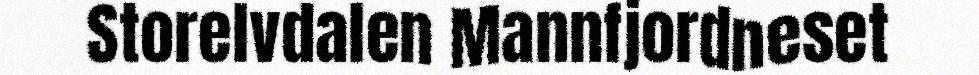
Storelvdalen Mannfjordneset